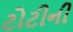
ટોટીની